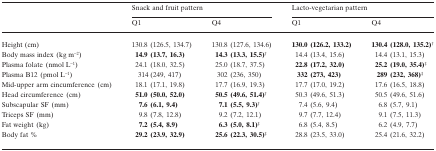
|  | <COLSPAN=2> Snack and fruit pattern | <COLSPAN=2> Lacto-vegetarian pattern |
 |  | Q1 | Q4 | Q1 | Q4 |
 | --- | --- | --- | --- | --- |
 | Height (cm) | 130.8 (126.5, 134.7) | 130.8 (127.6, 134.6) | 130.0 (126.2, 133.2) | 130.4 (128.0, 135.2)†> |
 | Body mass index (kg m−2) | 14.9 (13.7, 16.3) | 14.3 (13.3, 15.5)†> | 14.4 (13.4, 15.6) | 14.4 (13.1, 15.3) |
 | Plasma folate (nmol L−1) | 24.1 (18.0, 32.5) | 25.0 (18.7, 37.5) | 22.8 (17.2, 32.0) | 25.2 (19.0, 35.4)‡ |
 | Plasma B12 (pmol L−1) | 314 (249, 417) | 302 (236, 350) | 332 (273, 423) | 289 (232, 368)‡ |
 | Mid-upper arm cincumference (cm) | 18.1 (17.1, 19.8) | 17.7 (16.9, 19.3) | 17.7 (17.0, 19.2) | 17.6 (16.5, 18.8) |
 | Head circumference (cm) | 51.0 (50.0, 52.0) | 50.5 (49.6, 51.4)†> | 50.3 (49.6, 51.3) | 50.5 (49.6, 51.6) |
 | Subscapular SF (mm) | 7.6 (6.1, 9.4) | 7.1 (5.5, 9.3)†> | 7.4 (5.6, 9.4) | 6.8 (5.7, 9.1) |
 | Triceps SF (mm) | 9.8 (7.8, 12.8) | 9.2 (7.2, 12.1) | 9.7 (7.7, 12.4) | 9.1 (7.5, 11.3) |
 | Fat weight (kg) | 7.2 (5.4, 8.9) | 6.3 (5.0, 8.1)‡ | 6.8 (5.4, 8.5) | 6.2 (4.9, 7.7) |
 | Body fat % | 29.2 (23.9, 32.9) | 25.6 (22.3, 30.5)‡ | 28.8 (23.5, 33.0) | 25.4 (21.6, 32.2) |